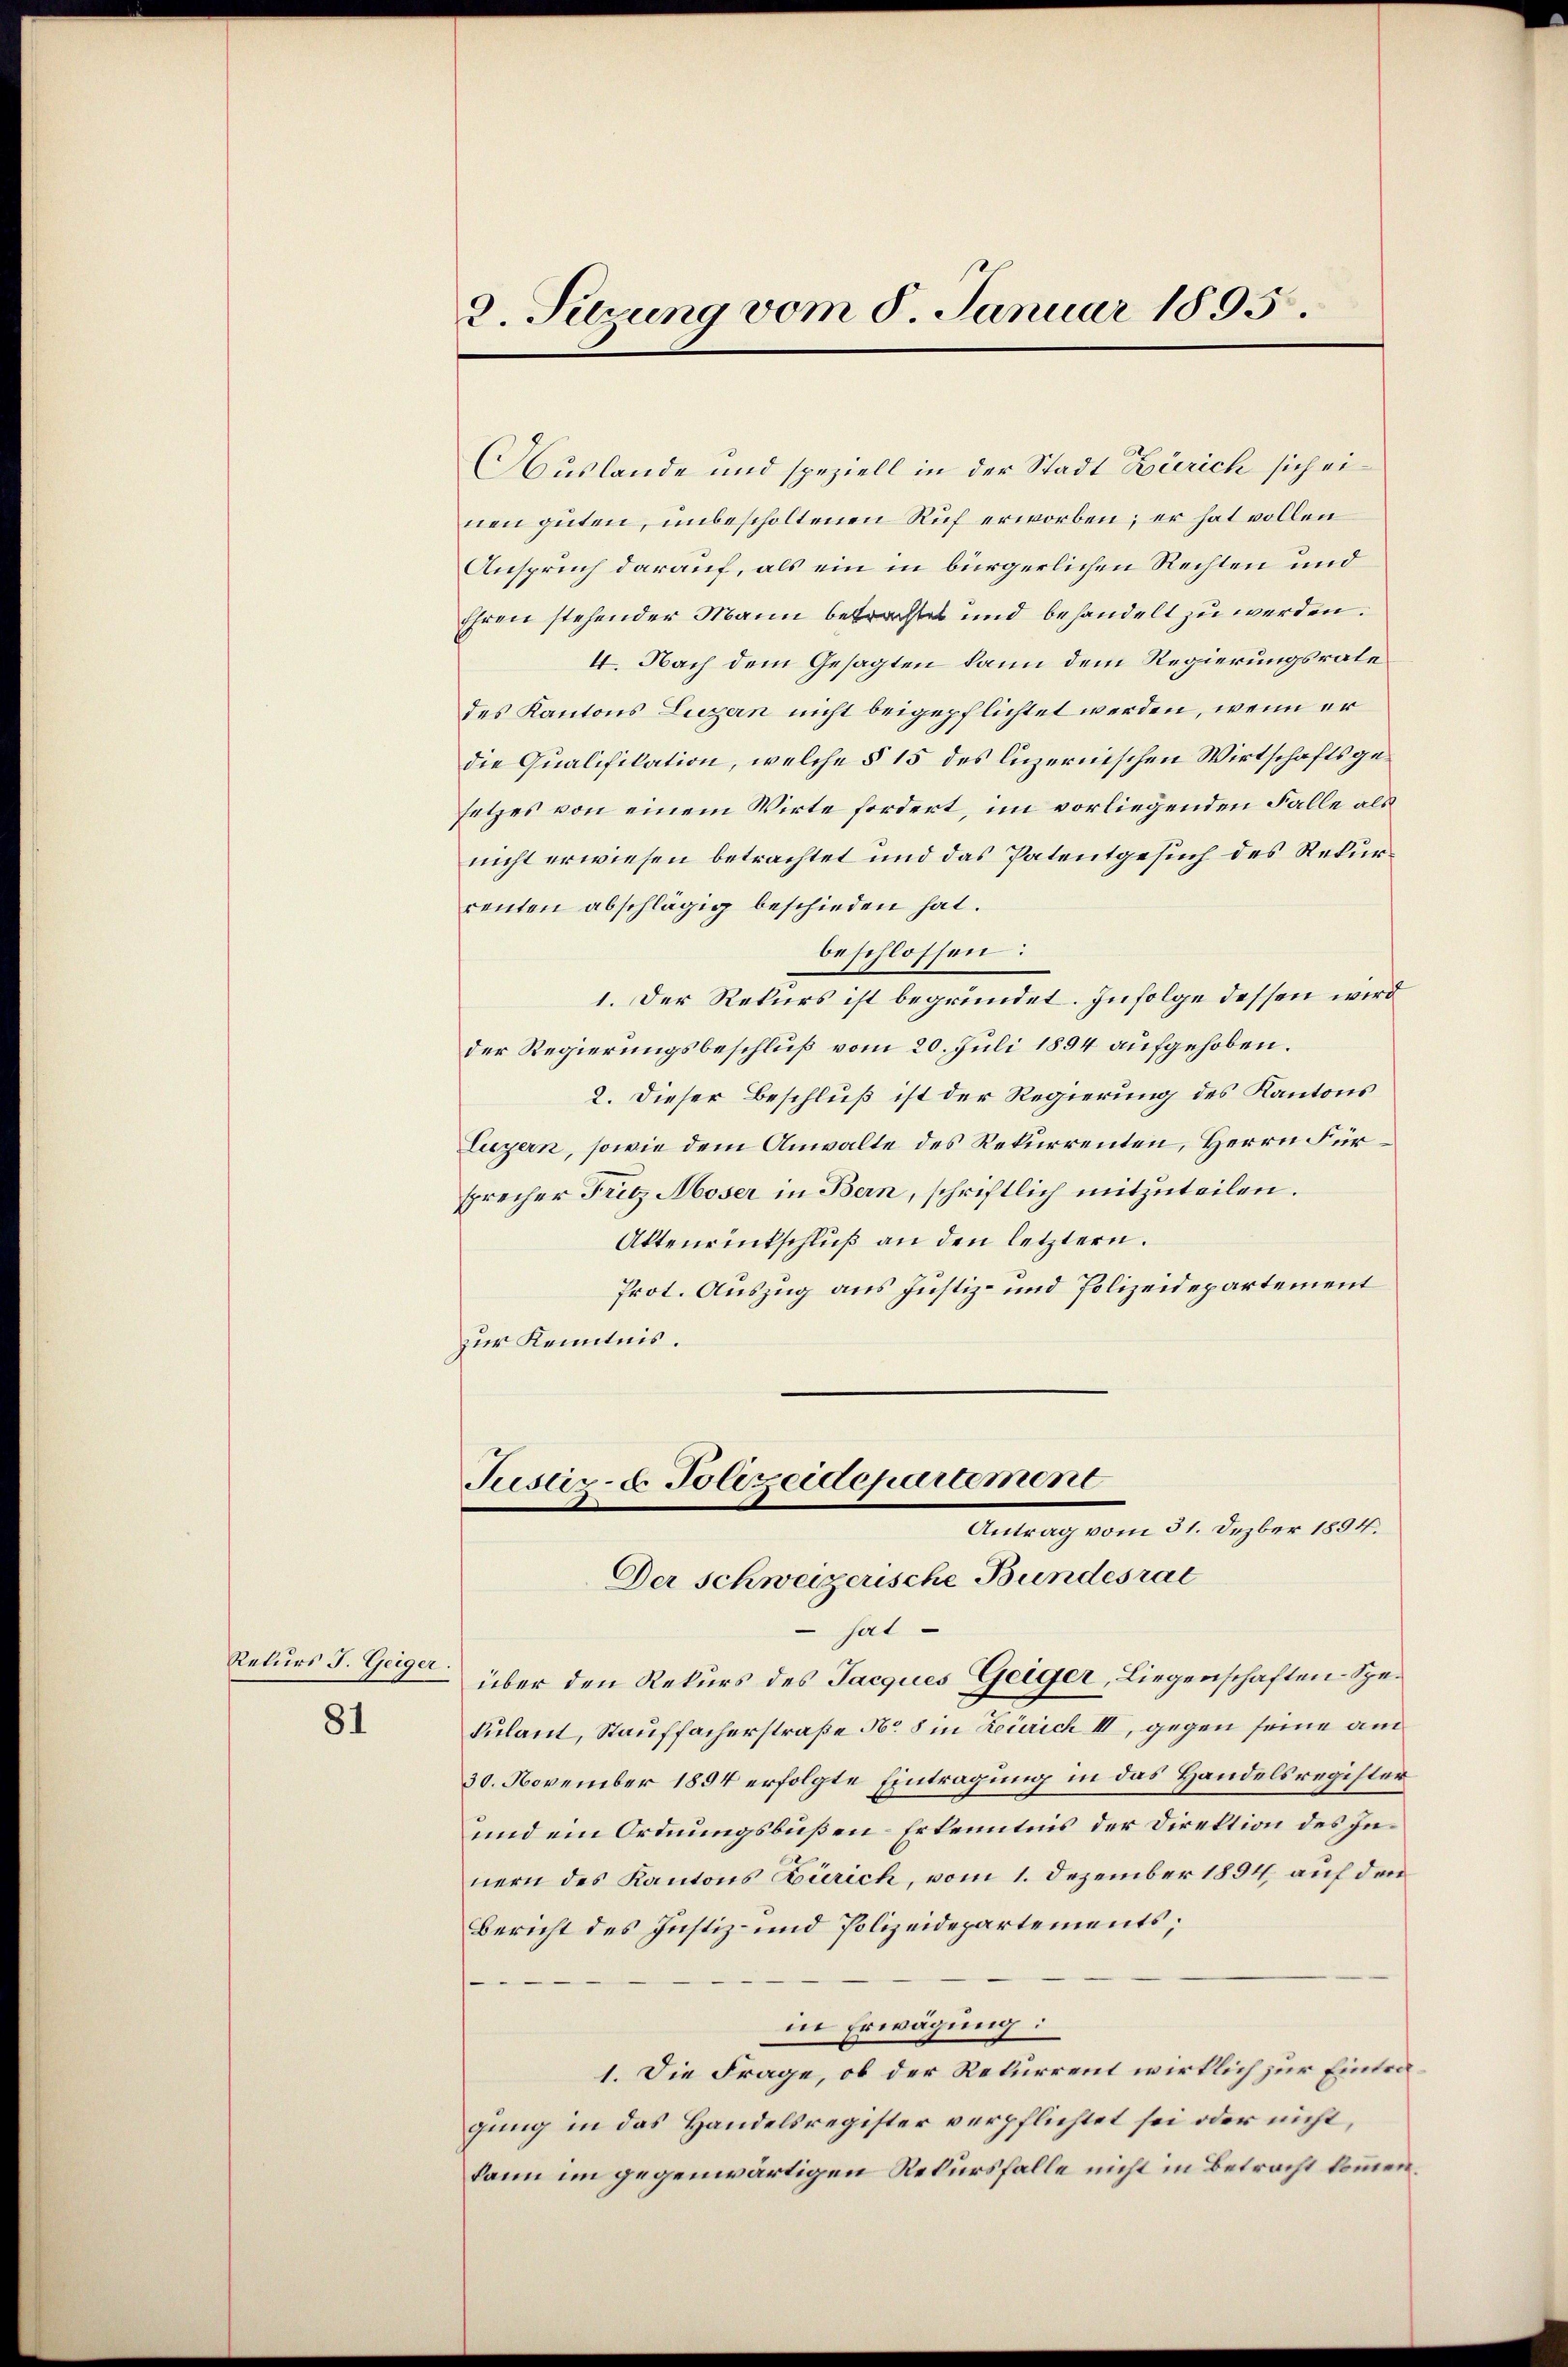
81

Rekurs J. Geiger

2. Serung vom 8. Januar 1895.

Auslande und speziell in der Stadt Zürich sich einen guten, unbescholtenen Ruf erworben; er hat vollen
Anspruch darauf, als ein in bürgerlichen Rechten und
Ehren stehender Mann betrachtet und behandelt zu werden.
4. Nach dem Gesagten kann dem Regierungsrate
des Kantons Luzern nicht beigepflichtet werden, wenn er
die Qualifikation, welche § 15 des luzernischen Wirtschaftsgesetzes von einem Wirte fordert, im vorliegenden Falle als
nicht erwiesen betrachtet und das Patentgesuch des Rekurrenten abschlägig beschieden hat.
beschlossen:
1. Der Rekurs ist begründet. Infolge dessen wird
der Regierungsbeschluß vom 20. Juli 1894 aufgehoben.
2. Dieser Beschluß ist der Regierung des Kantons
Luzern, sowie dem Anwalte des Rekurrenten, Herrn Fürsprecher Fritz Moser in Bern, schriftlich mitzuteilen.
Aktenrentschluß an den letztern.
Prot. Auszug aus Justiz- und Polizeidepartement
zur Kenntnis.

Justiz- u. Polizeidepartement
Antrag vom 5. dester 1807.
Der schweizerische Bundesrat

hat
über den Rekurs des Jacques Geiger, Liegenschaften-Spekulant, Stauffacherstraße No 8 in Zürich III, gegen seine am
30. November 1894 erfolgte Eintragung in das Handelsregister
und ein Ordnungsbußen-Erkenntnis der Direktion des Innern des Kantons Zürich, vom 1. Dezember 1894 auf den
Bericht des Justiz- und Polizeidepartements;
in Erwägung:
1. Die Frage, ob der Rekurrent wirklich zur Eintragung in das Handelsregister verpflichtet sei oder nicht,
kann im gegenwärtigen Rekursfalle nicht in Betracht kommen.